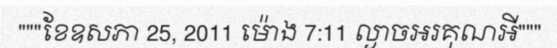
"""ខែឧសភា 25, 2011 ម៉ោង 7:11 ល្ងាចអរគុណអី"""